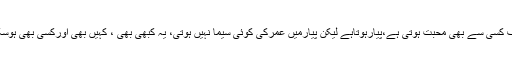
بہرکیف کسی سے بھی محبت ہوتی ہے،پیارہوتاہے لیکن پیارمیں عمرکی کوئی سیما نہیں ہوتی، یہ کبھی بھی ، کہیں بھی اورکسی بھی ہوسکتاہے۔